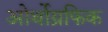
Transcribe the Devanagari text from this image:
ओर्थोग्रफिक